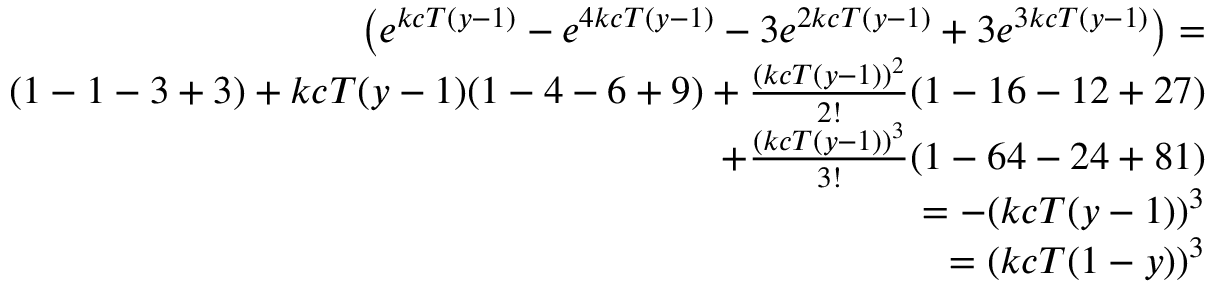
\begin{array} { r } { \left( e ^ { k c T ( y - 1 ) } - e ^ { 4 k c T ( y - 1 ) } - 3 e ^ { 2 k c T ( y - 1 ) } + 3 e ^ { 3 k c T ( y - 1 ) } \right) = } \\ { ( 1 - 1 - 3 + 3 ) + k c T ( y - 1 ) ( 1 - 4 - 6 + 9 ) + \frac { ( k c T ( y - 1 ) ) ^ { 2 } } { 2 ! } ( 1 - 1 6 - 1 2 + 2 7 ) } \\ { + \frac { ( k c T ( y - 1 ) ) ^ { 3 } } { 3 ! } ( 1 - 6 4 - 2 4 + 8 1 ) } \\ { = - ( k c T ( y - 1 ) ) ^ { 3 } } \\ { = ( k c T ( 1 - y ) ) ^ { 3 } } \end{array}